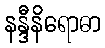
နန္ဒီနိရောဓာ